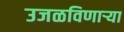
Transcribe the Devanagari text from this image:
उजळविणार्‍या